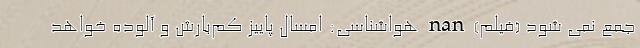
جمع نمی شود (فیلم) nan هواشناسی: امسال پاییز کم‌بارش و آلوده خواهد